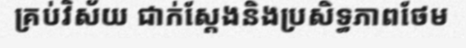
គ្រប់វិស័យ ជាក់ស្តែងនិងប្រសិទ្ធភាពថែម